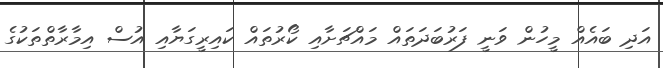
އަދި ބައެއް މީހުން ވަނީ ފަރުބަދަތައް މައްޗަށާއި ކޯރުތައް ކައިރީގަޔާއި އުސް އިމާރާތްތަކުގެ